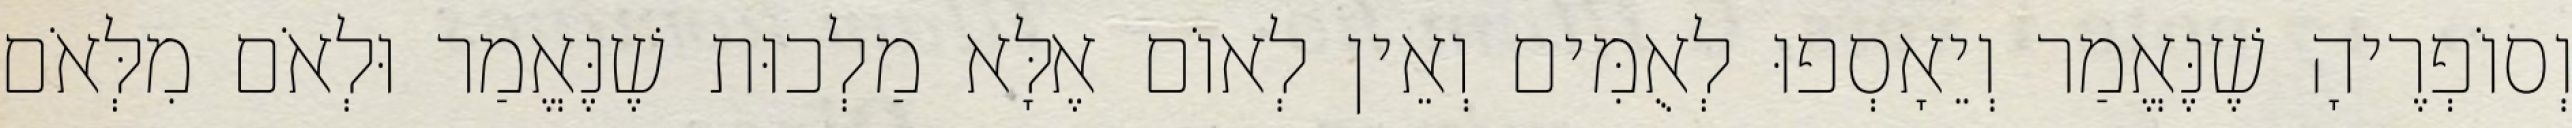
וְסוֹפְרֶיהָ שֶׁנֶּאֱמַר וְיֵאָסְפוּ לְאֻמִּים וְאֵין לְאוֹם אֶלָּא מַלְכוּת שֶׁנֶּאֱמַר וּלְאֹם מִלְּאֹם